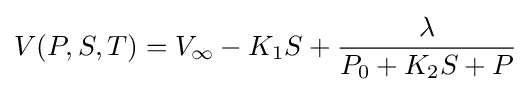
V(P,S,T)=V_{\infty }-K_{1}S+{\frac {\lambda }{P_{0}+K_{2}S+P}}